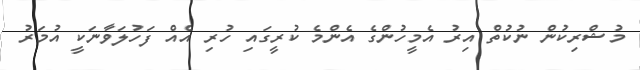
މުޝްރިކުން ނުކުތް އިރު އެމީހުންގެ އެންމެ ކުރީގައި ހުރި އެއް ފަހުލަވާނަކީ އުމަރު